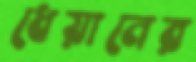
ধেয়ানের